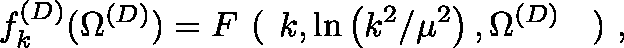
f _ { k } ^ { ( D ) } ( \Omega ^ { ( { D } ) } ) = F \mathrm { \boldmath \large ~ \left( ~ \right. ~ } \! \! \! k , \ln \left( k ^ { 2 } / \mu ^ { 2 } \right) , \Omega ^ { ( { D } ) } \mathrm { \boldmath \large ~ \left. ~ \right) ~ } \! \! \; ,